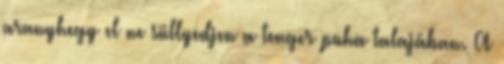
aranyhegy el ne süllyedjen a tenger puha talajában. A